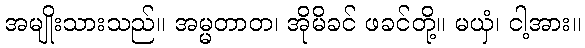
အမျိုးသားသည်။ အမ္မတာတ၊ အိုမိခင် ဖခင်တို့။ မယှံ၊ ငါ့အား။